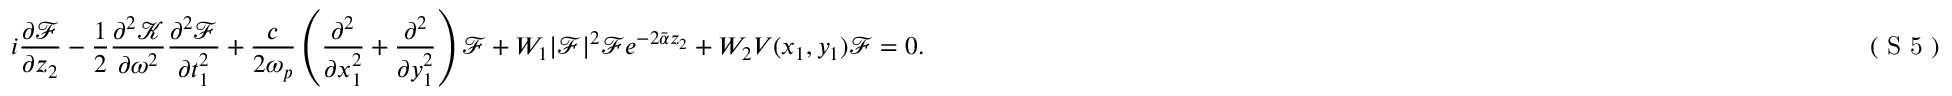
i \frac { \partial \mathcal { F } } { \partial z _ { 2 } } - \frac { 1 } { 2 } \frac { \partial ^ { 2 } \mathcal { K } } { \partial \omega ^ { 2 } } \frac { \partial ^ { 2 } \mathcal { F } } { \partial t _ { 1 } ^ { 2 } } + \frac { c } { 2 \omega _ { p } } \left( \frac { \partial ^ { 2 } } { \partial x _ { 1 } ^ { 2 } } + \frac { \partial ^ { 2 } } { \partial y _ { 1 } ^ { 2 } } \right) \mathcal { F } + W _ { 1 } | \mathcal { F } | ^ { 2 } \mathcal { F } e ^ { - 2 \bar { \alpha } z _ { 2 } } + W _ { 2 } V ( x _ { 1 } , y _ { 1 } ) \mathcal { F } = 0 . \eqno { ( \textrm { S 5 } ) }